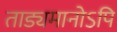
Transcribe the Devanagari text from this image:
ताड्यमानोऽपि